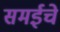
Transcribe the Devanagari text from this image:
समईचे